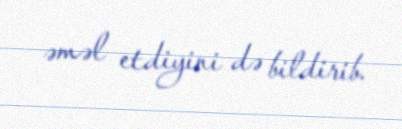
əməl etdiyini də bildirib.